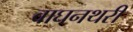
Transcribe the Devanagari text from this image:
वाघनथरी